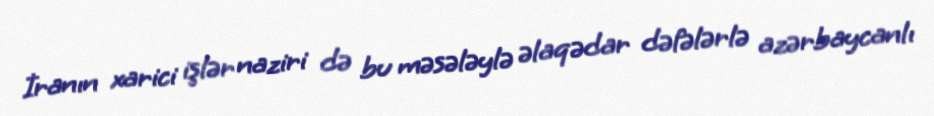
İranın xarici işlər naziri də bu məsələylə əlaqədar dəfələrlə azərbaycanlı